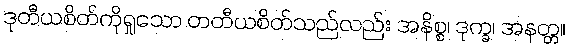
ဒုတီယစိတ်ကိုရှုသော တတီယစိတ်သည်လည်း အနိစ္စ၊ ဒုက္ခ၊ အနတ္တ။